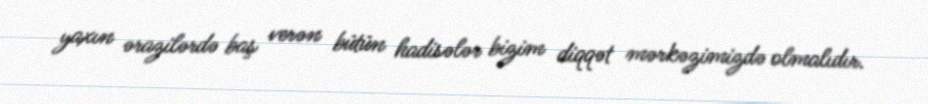
yaxın ərazilərdə baş verən bütün hadisələr bizim diqqət mərkəzimizdə olmalıdır.